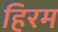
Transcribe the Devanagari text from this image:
हिरम